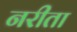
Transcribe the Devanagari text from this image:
नरीता